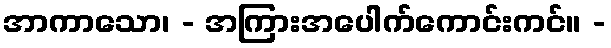
အာကာသော၊ - အကြားအပေါက်ကောင်းကင်။ -